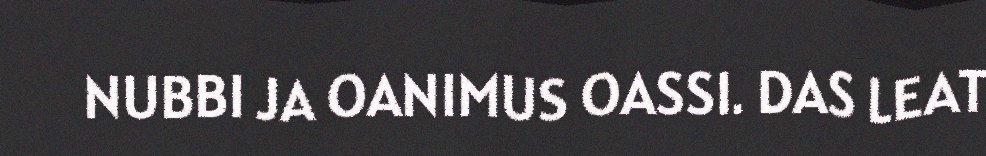
NUBBI JA OANIMUS OASSI. DAS LEAT